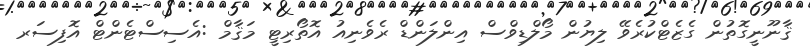
ޤާނޫނީގޮތުން ގެޒެޓްކުރެވޭ ލިޔުން މޯލްޑިވްސް އިންލަންޑް ރެވެނިއު އޮތޯރިޓީ މަޤާމް :އެސިސްޓެންޓް އޮފިސަރ